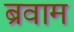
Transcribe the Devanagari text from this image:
ब्रवाम